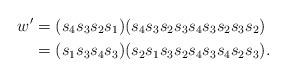
LaTeX: \begin{align*} w' & = (s_4 s_3 s_2 s_1) (s_4 s_3 s_2 s_3 s_4 s_3 s_2 s_3 s_2) \\ & = (s_1 s_3 s_4 s_3) (s_2 s_1 s_3 s_2 s_4 s_3 s_4 s_2 s_3). \end{align*}